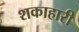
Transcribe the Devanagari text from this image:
शकाहारी